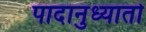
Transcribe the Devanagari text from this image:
पादानुध्यातो